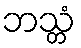
ဘသ္တံ